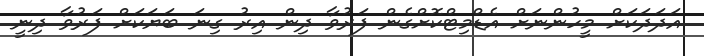
އަދަދަކަށް މީހުންނަށް އެޑްމިޓްކޮށްގެން ފަރުވާ ދިން އިރު ގިނަ ބަޔަކަށް ފަރުވާ ދިނީ